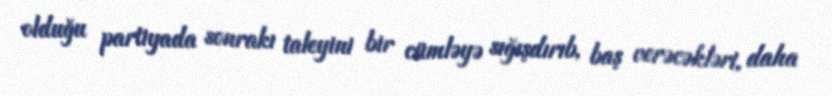
olduğu partiyada sonrakı taleyini bir cümləyə sığışdırıb, baş verəcəkləri, daha